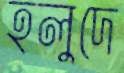
হলুদে